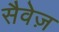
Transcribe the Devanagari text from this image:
सैवेज़